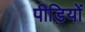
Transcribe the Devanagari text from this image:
पीड़ियों